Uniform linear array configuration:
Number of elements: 16
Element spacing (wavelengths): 0.5
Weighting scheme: exponential
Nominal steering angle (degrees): -60
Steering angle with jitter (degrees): -60.63
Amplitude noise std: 0.05
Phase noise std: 0.05

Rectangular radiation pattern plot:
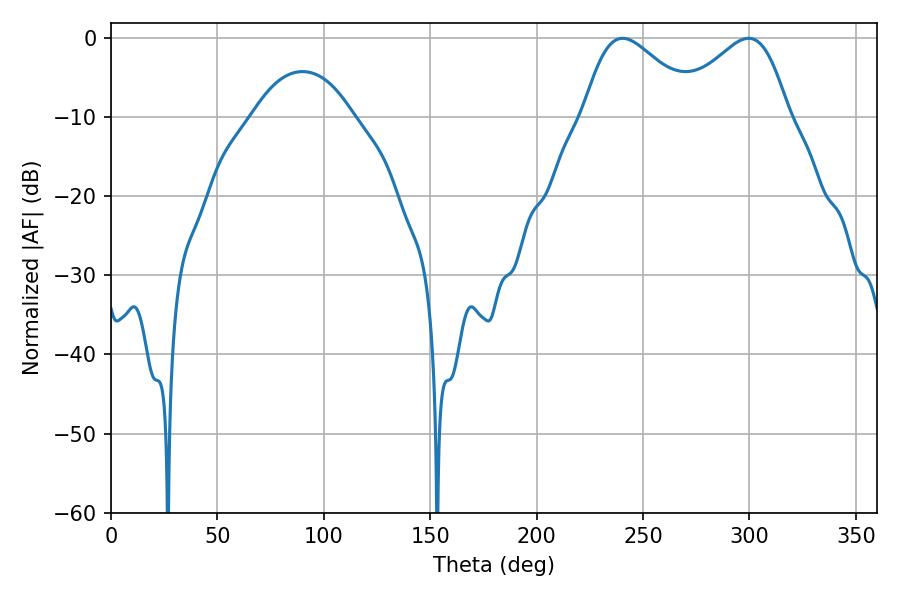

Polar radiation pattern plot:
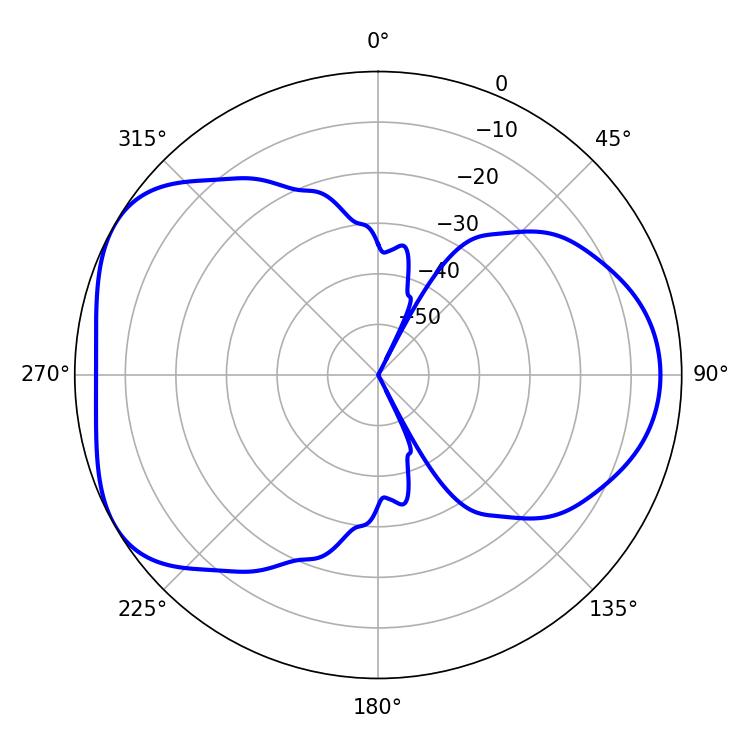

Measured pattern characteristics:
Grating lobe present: FALSE
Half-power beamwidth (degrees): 28.44
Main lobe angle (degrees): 240.48